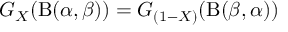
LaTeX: G _ { X } ( \mathrm { B } ( \alpha , \beta ) ) = G _ { ( 1 - X ) } ( \mathrm { B } ( \beta , \alpha ) )